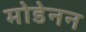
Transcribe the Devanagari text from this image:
मोडेनन